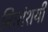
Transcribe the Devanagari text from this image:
निःसंशयी